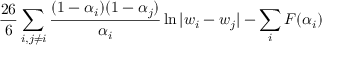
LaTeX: \frac { 2 6 } { 6 } \sum _ { i , j \neq i } \frac { ( 1 - \alpha _ { i } ) ( 1 - \alpha _ { j } ) } { \alpha _ { i } } \ln | w _ { i } - w _ { j } | - \sum _ { i } F ( \alpha _ { i } )